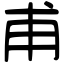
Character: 甫